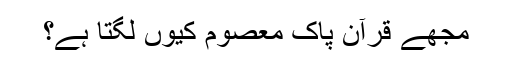
مجھے قرآنِ پاک معصوم کیوں لگتا ہے؟